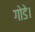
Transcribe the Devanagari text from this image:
गोडे।